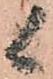
候